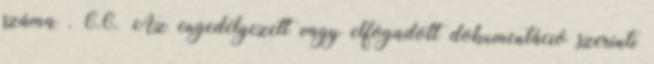
száma . 6.6. Az engedélyezett vagy elfogadott dokumentáció szerinti